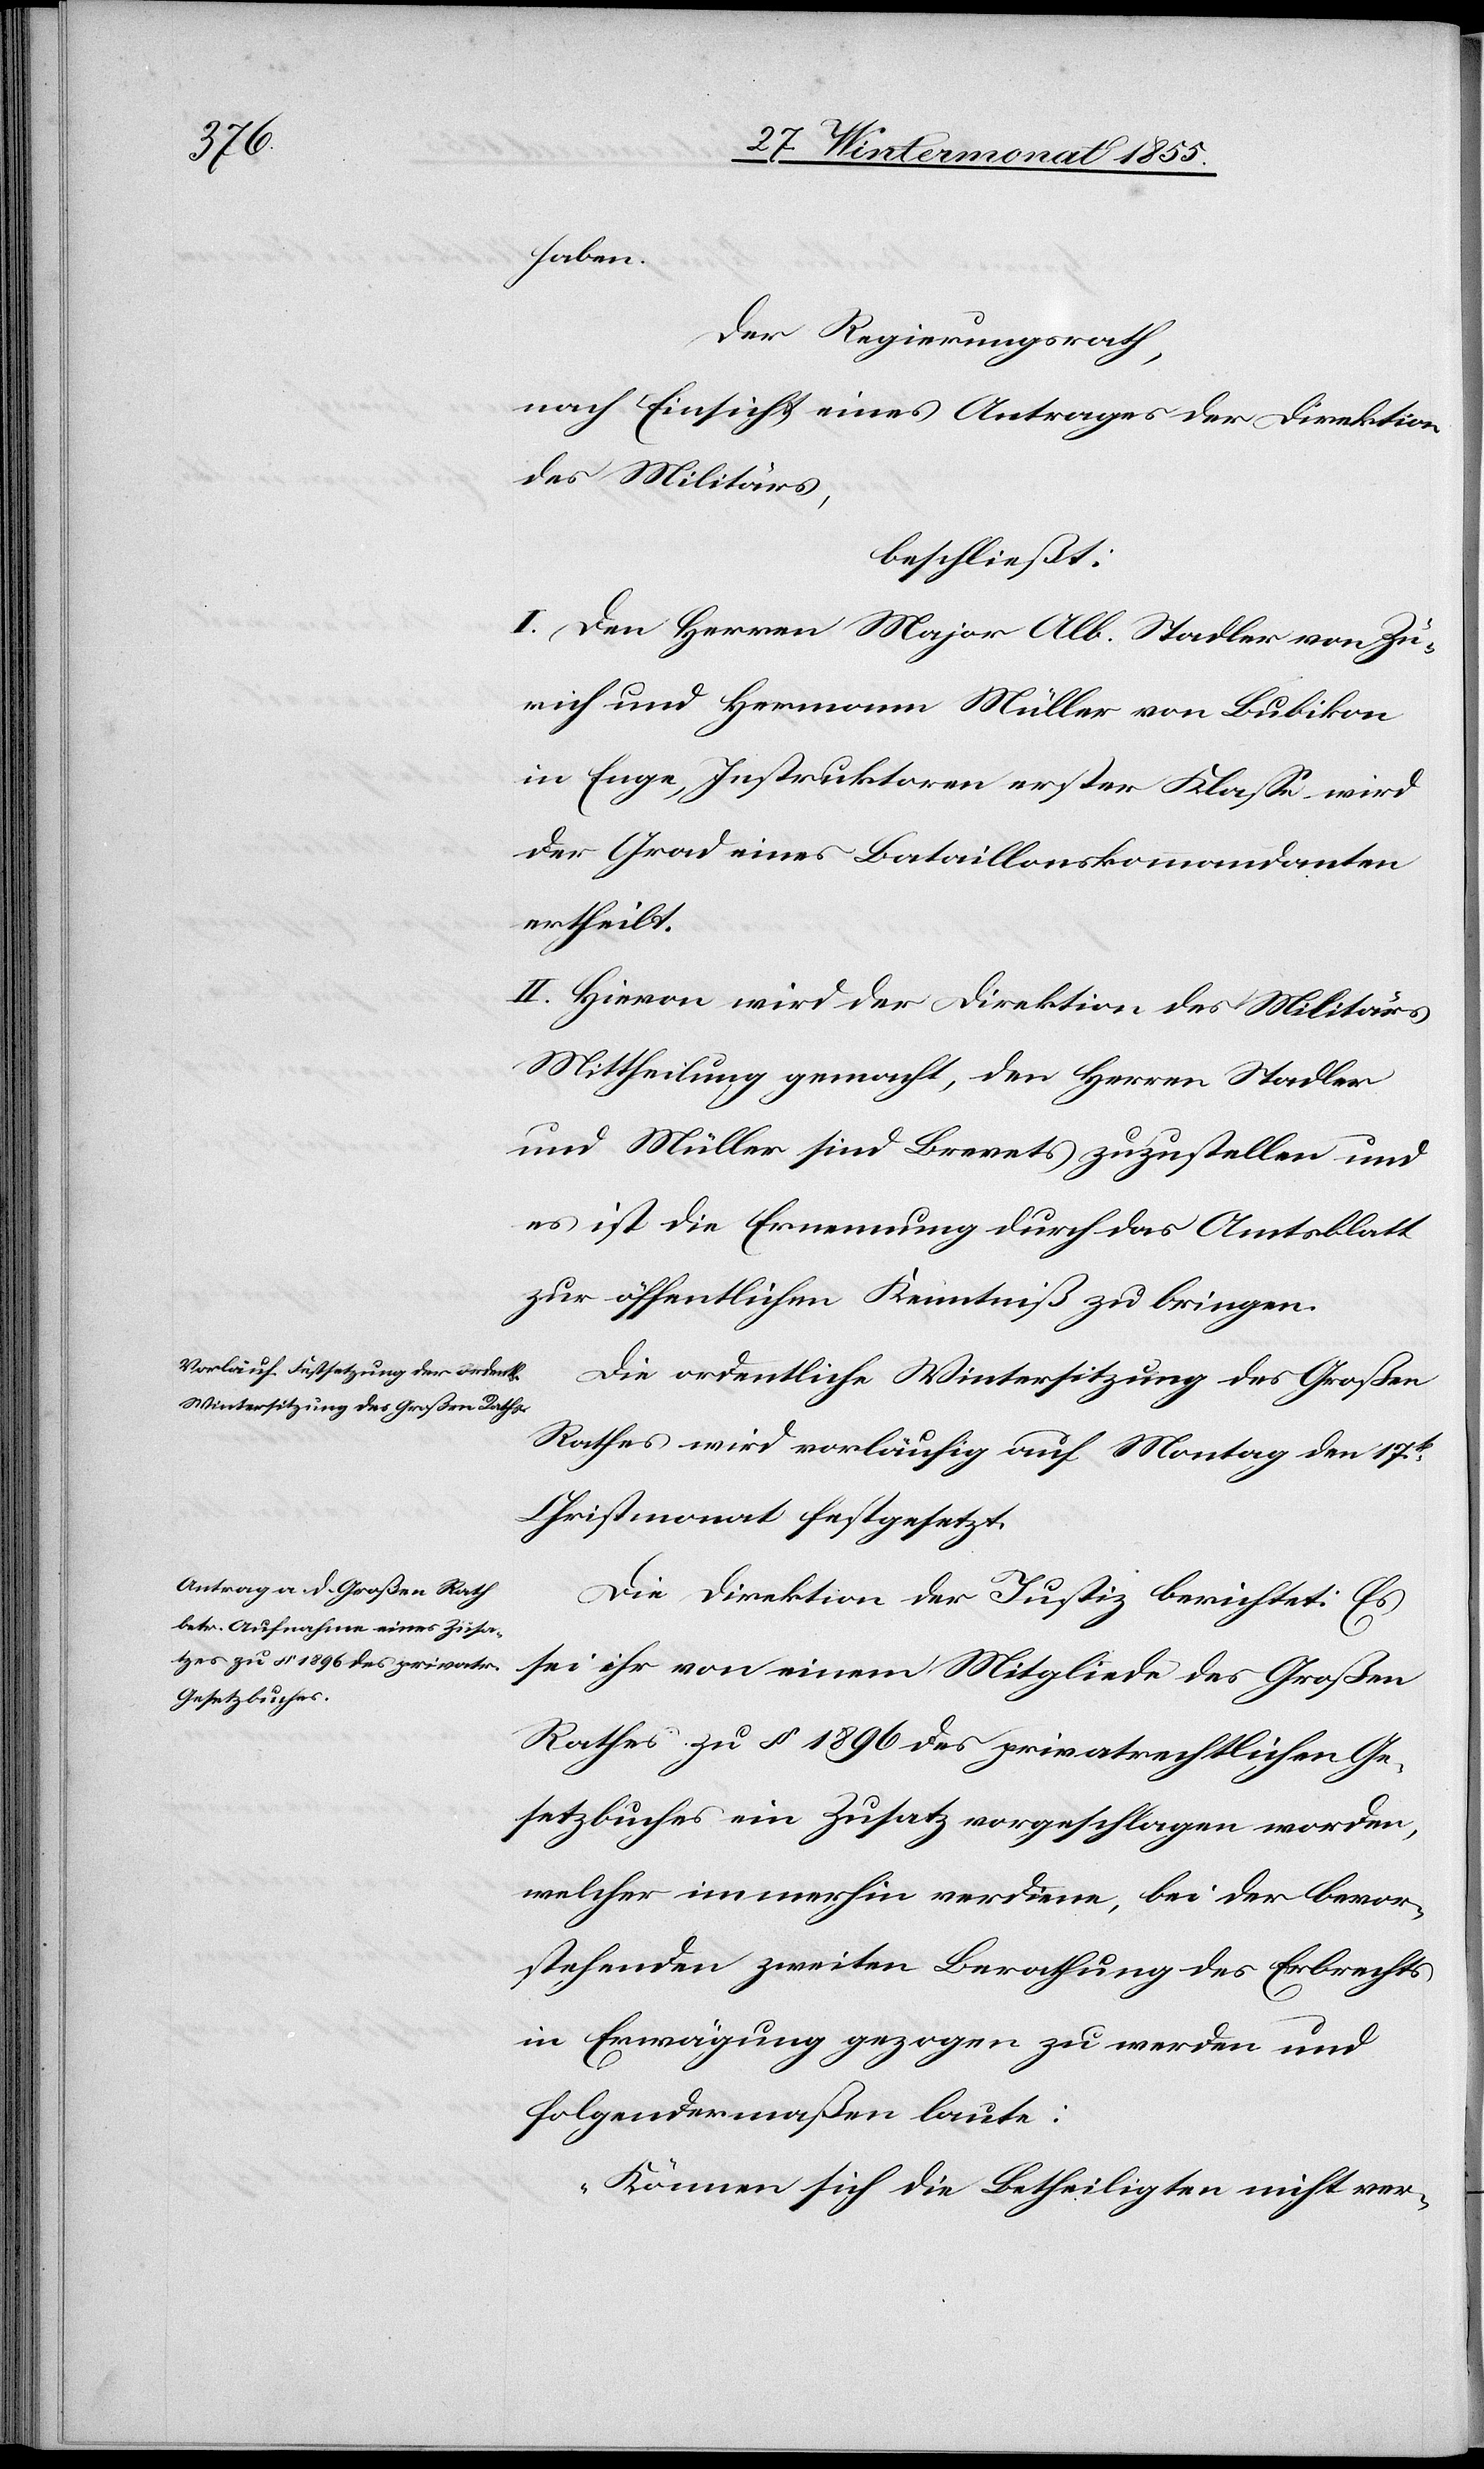
haben.
Der Regierungsrath,
nach Einsicht eines Antrages der Direktion
des Militärs,
beschließt:
I. Den Herren Major Alb. Stadler von Zü¬
rich und Hermann Müller von Bubikon
in Enge, Instruktoren erster Klasse wird
der Grad eines Bataillonskommandanten
ertheilt.
II. Hievon wird der Direktion des Militärs
Mittheilung gemacht, den Herren Stadler
und Müller sind Brevets zuzustellen und
es ist die Ernennung durch das Amtsblatt
zur öffentlichen Kenntniß zu bringen.
Die ordentliche Wintersitzung des Großen
Rathes wird vorläufig auf Montag den 17t.
Christmonat festgesetzt.
Die Direktion der Justiz berichtet: Es
sei ihr von einem Mitgliede des Großen
Rathes zu § 1896 des privatrechtlichen Ge¬
setzbuches ein Zusatz vorgeschlagen worden,
welcher immerhin verdiene, bei der bevor¬
stehenden zweiten Berathung des Erbrechts
in Erwägung gezogen zu werden und
folgendermaßen laute:
„Können sich die Betheiligten nicht ver-